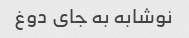
نوشابه به جای دوغ